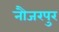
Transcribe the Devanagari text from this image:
नौजरपुर